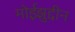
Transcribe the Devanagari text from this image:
मोईझुद्दीन